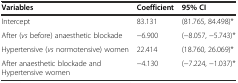
| Variables | Coefficient | 95% CI |
 | --- | --- | --- |
 | Intercept | 83.131 | (81.765, 84.498)* |
 | After (vs before) anaesthetic blockade | -6.900 | (-8.057, -5.743)* |
 | Hypertensive (vs normotensive) women | 22.414 | (18.760, 26.069)* |
 | After anaesthetic blockade and Hypertensive women | -4.130 | (-7.224, -1.037)* |